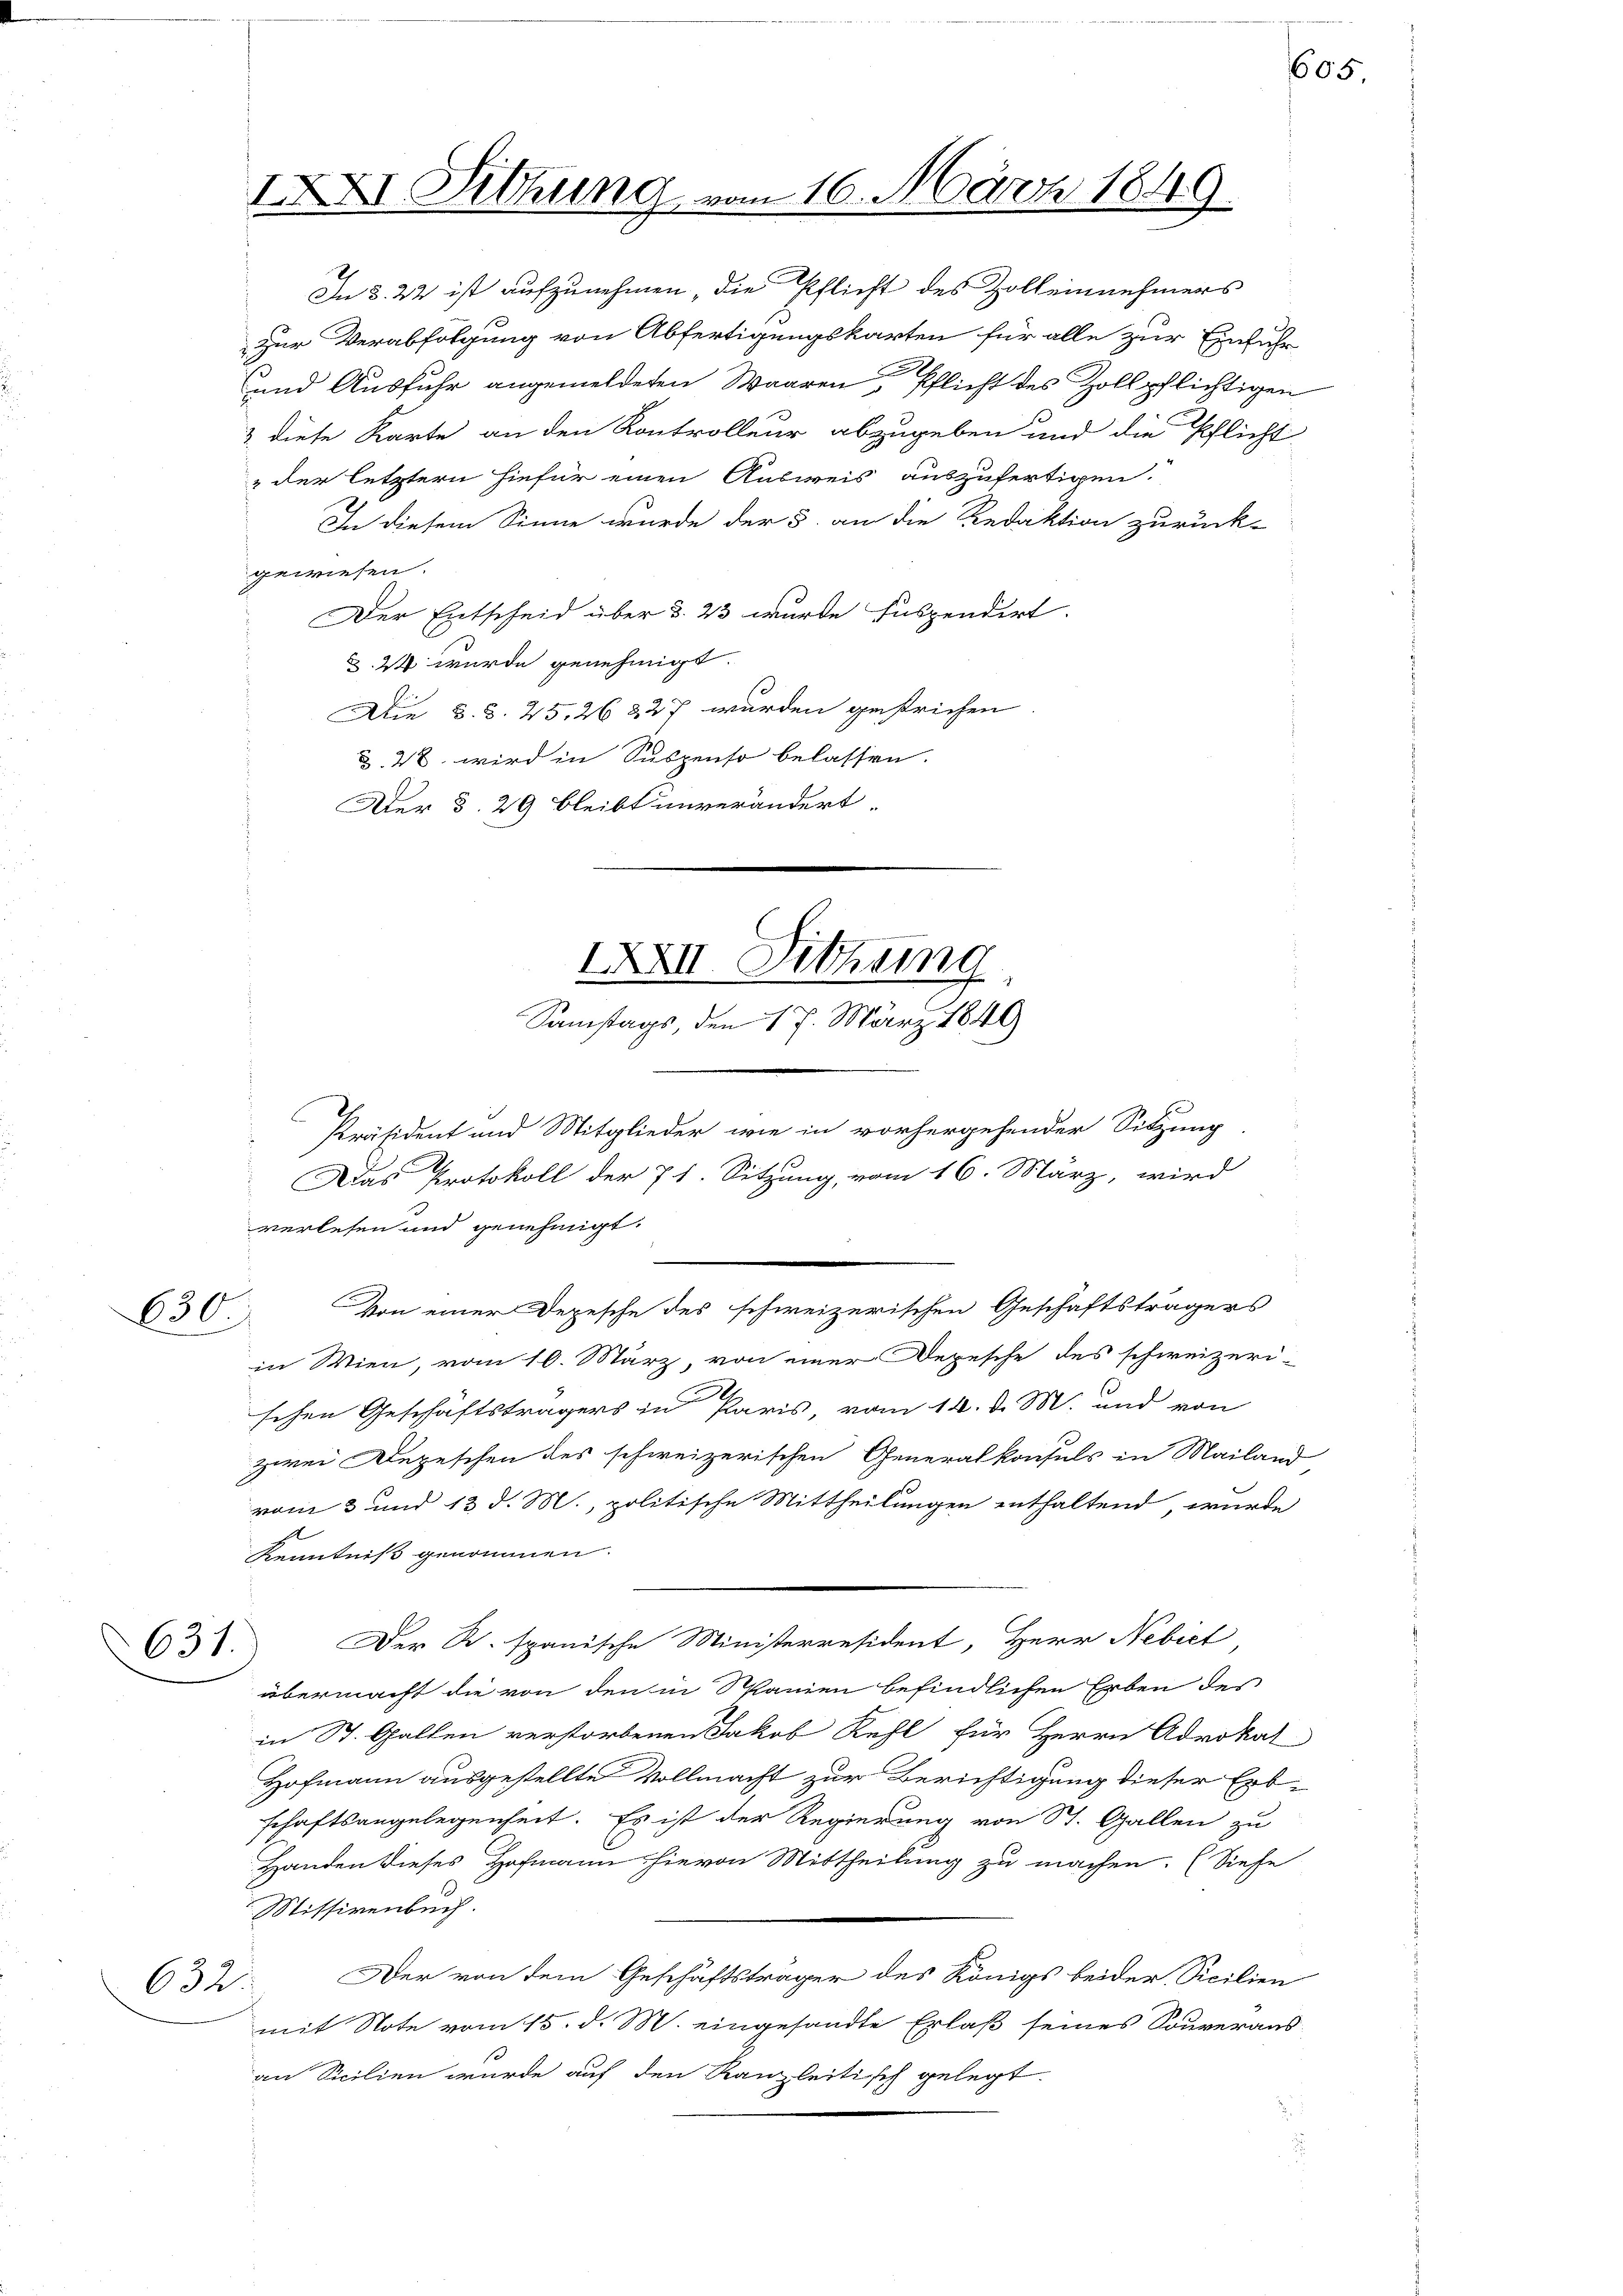
630.

IXXI. Diethung vom 16. März 1849.

In §. 22 ist aufzunehmen, die Pflicht des Zolleinnehmers
zur Verabfolgung von Abfertigungskarten für alle zur Einfuhr
und Ausfuhr angemeldeten Waaren Pflicht des Zollpflichtigen
2 diese Karte an den Kontrolleur abzugeben und die Pflicht
 der letztern hiefür einen Ausweis auszufertigen.
In diesem Sinne wurde der §. an die Redaktion zurück-
gewiesen.
Der Entscheid über §. 23 wurde suspendirt.
. 2 wurde genehmigt.
Die §. 3. 45. 26 227 wurden gestrichen
§. 28. wird in Suspenso belassen.
Der §. 29 bleibt unverändert.

.
verlesen und genehmigt.
zwei Depeschen des schweizerischen Generalkonsuls in Mailand
vom 3 und 13 d. M., politische Mittheilungen enthaltend, wurde
Kenntniß genommen.
Der R. spanische Ministerresident, Herr Nebiet
631.
übermacht die von den in Spanien befindlichen Erben des
in St. Gallen verstorbenen Jakob Kehl für Herrn Advokat
Hofmann ausgestellte Vollmacht zur Berichtigung dieser Erb-
schaftsangelegenheit. Es ist der Regierung von St. Gallen zu
Handen dieses Hofmann hievon Mittheilung zu machen. (Siehe
Sissivenbuch.
Der von dem Geschäftsträger des Königs beider Sicilien
632:
mit Note vom 15. d. M. eingesandte Erlaß seines Souveraus-
an Sicilien wurde auf den Kanzleitisch gelegt.

IXXII. Sitzung
Samstags, den 17. März 1849

Von einer Depesche des schweizerischen Geschäftsträgers
in Wien, vom 10. März, von einer Depesche des schweizeri-
sehen Geschäftsträgers in Paris, vom 14. d. M. und von

Präsident und Mitglieder wie in vorhergehender Sitzung
Adas Protokoll der 7 1. Sitzung, vom 16. März, wird

605